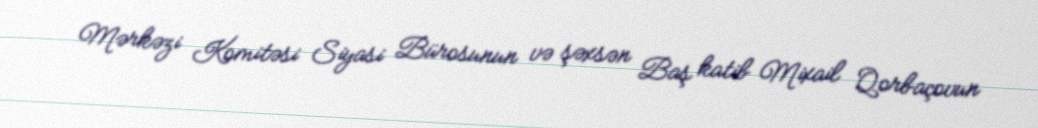
Mərkəzi Komitəsi Siyasi Bürosunun və şəxsən Baş katib Mixail Qorbaçovun